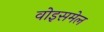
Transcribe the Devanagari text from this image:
वोइसमेल